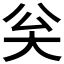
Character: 𡗳